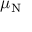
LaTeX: \mu _ { \mathrm { { N } } }